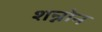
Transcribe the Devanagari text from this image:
शन्नोन